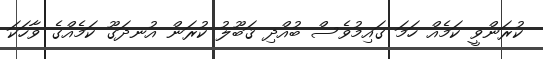
ކުރަންވީ ކަމެއް ހަމަ ގައިމުވެސް ބުއްދި ޤަބޫލު ކުރަން އުނދަގޫ ކަމެއްގެ ވާހަކަ